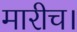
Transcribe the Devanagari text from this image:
मारीच।